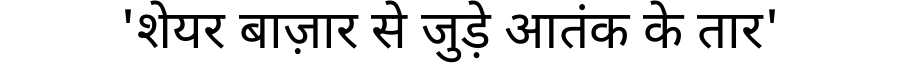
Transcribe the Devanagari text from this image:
'शेयर बाज़ार से जुड़े आतंक के तार'